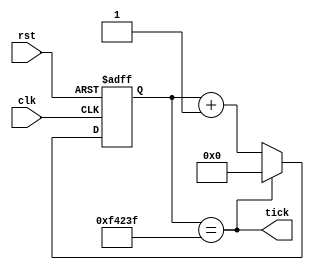
module Tick_Gen_10ms(clk, rst, tick);

   input       clk, rst;   // on-board clock, and AISO reset signal
   output  wire    tick;   // slowed clock signal
   
   reg    [19:0]  count;   // count up from 0 to 999,999 (ie. 1 million)
   
   // Tick is HIGH if count reaches 1 million
   assign tick = (count == 20'd999999);

   always@(posedge clk, posedge rst)   
      if(rst)  count <= 20'b0;   else  // Reset
      if(tick) count <= 20'b0;         // Reset count after Tick
      else     count <= count+20'b1;   // count up

endmodule